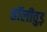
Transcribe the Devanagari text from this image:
हॉलीवुड़